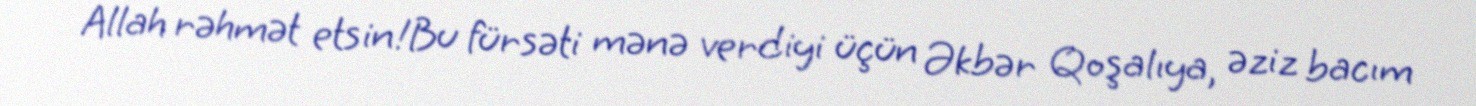
Allah rəhmət etsin!Bu fürsəti mənə verdiyi üçün Əkbər Qoşalıya, əziz bacım